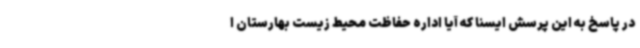
در پاسخ به این پرسش ایسنا که آیا اداره حفاظت محیط زیست بهارستان ا